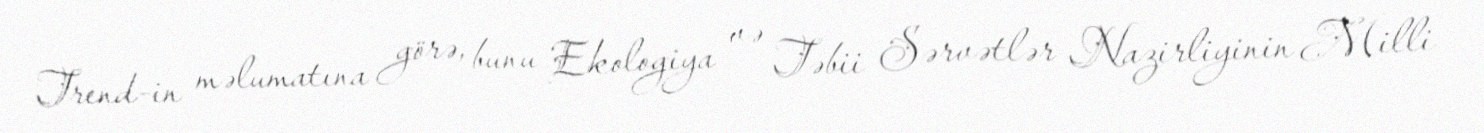
Trend-in məlumatına görə, bunu Ekologiya və Təbii Sərvətlər Nazirliyinin Milli